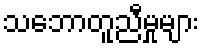
သဘောတူညီမှုများ